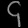
Digit: ၄